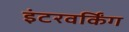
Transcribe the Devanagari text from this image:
इंटरवर्किंग